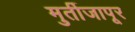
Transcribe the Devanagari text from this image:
मुर्तीजापूर